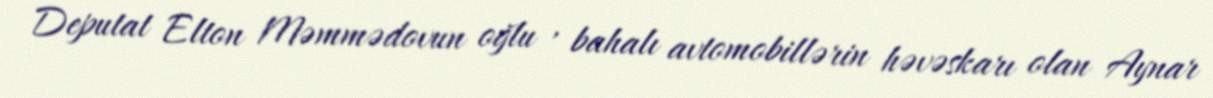
Deputat Elton Məmmədovun oğlu , bahalı avtomobillərin həvəskarı olan Aynar